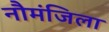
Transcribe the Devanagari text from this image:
नौमंजिला